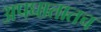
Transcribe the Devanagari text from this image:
अपघातातच